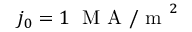
j _ { 0 } = 1 \; \mathrm { ~ M ~ A ~ / ~ m ~ } ^ { 2 }